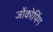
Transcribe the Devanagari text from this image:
जोंकोपिंग